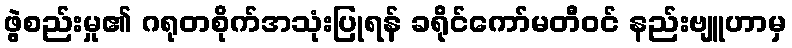
ဖွဲ့စည်းမှု၏ ဂရုတစိုက်အသုံးပြုရန် ခရိုင်ကော်မတီဝင် နည်းဗျူဟာမှ